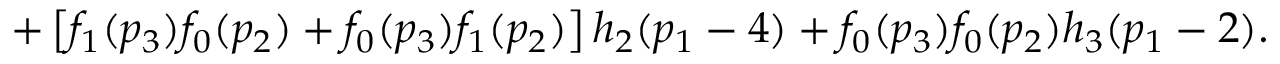
+ \left[ f _ { 1 } ( p _ { 3 } ) f _ { 0 } ( p _ { 2 } ) + f _ { 0 } ( p _ { 3 } ) f _ { 1 } ( p _ { 2 } ) \right] h _ { 2 } ( p _ { 1 } - 4 ) + f _ { 0 } ( p _ { 3 } ) f _ { 0 } ( p _ { 2 } ) h _ { 3 } ( p _ { 1 } - 2 ) .